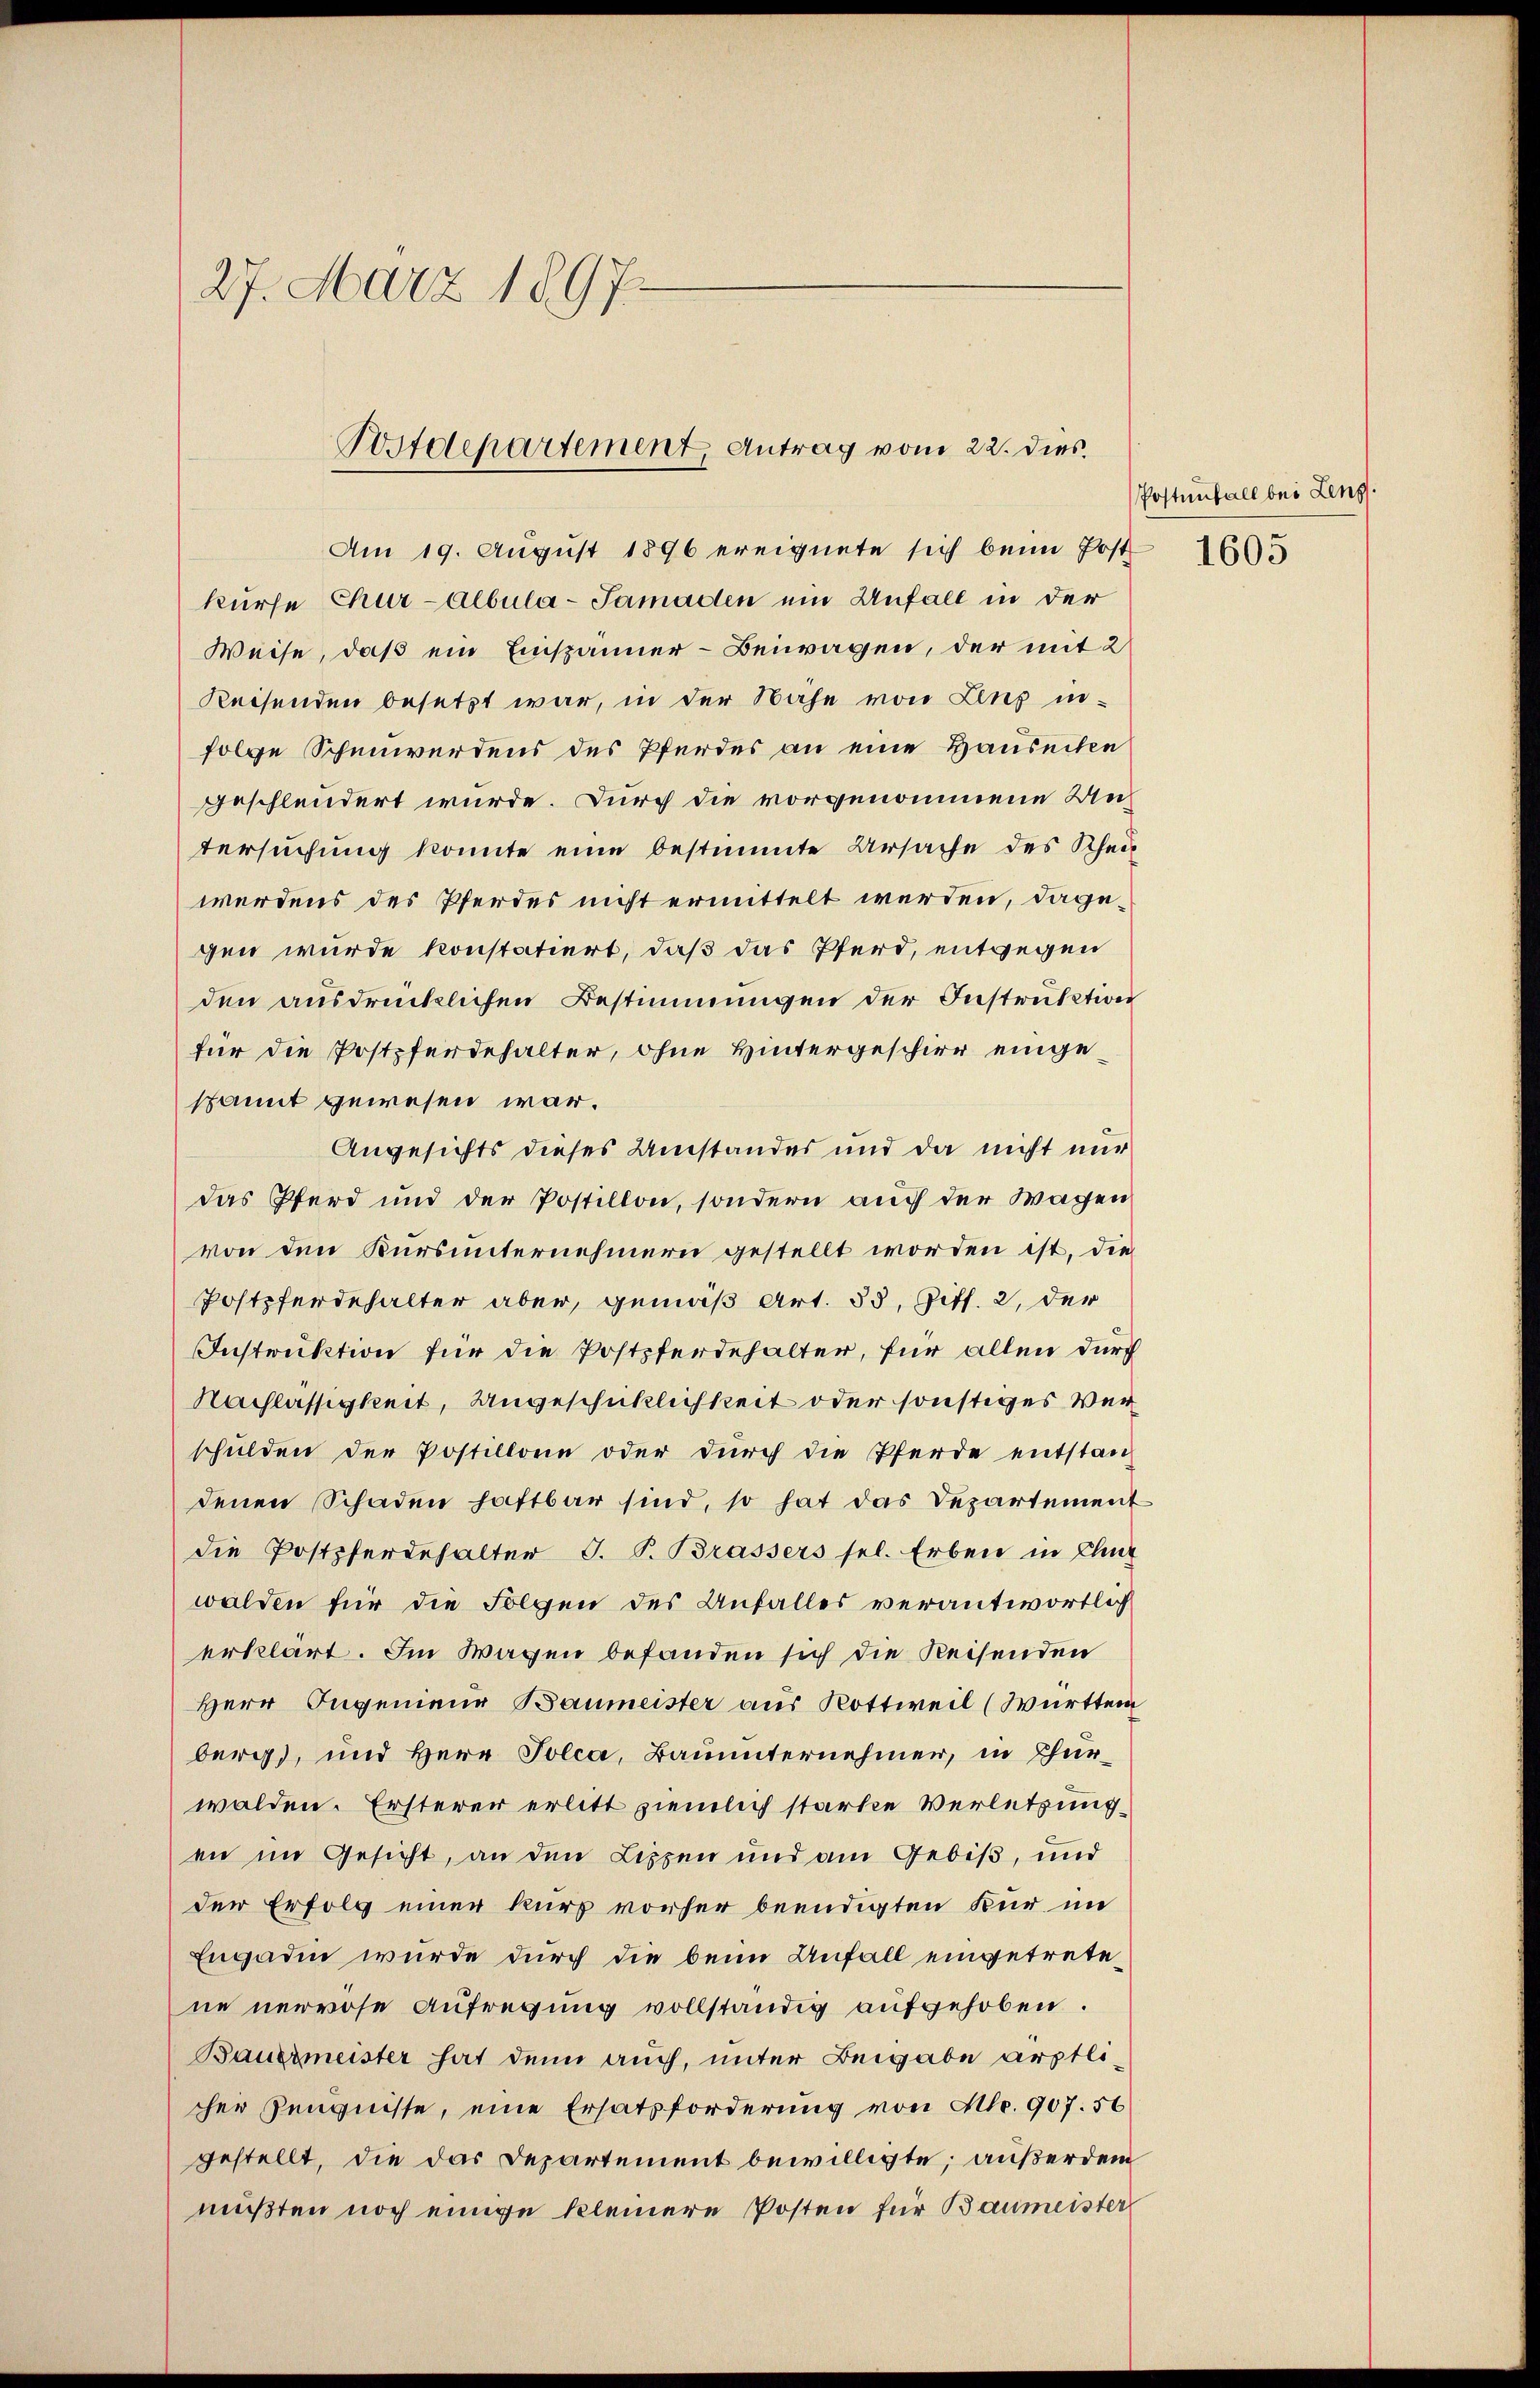
27. März 1897.
Postdepartement, Antrag vom 22. dies

Am 19. August 1896 ereignete sich beim Post
kurse Chur-Albula-Samaden ein Unfall in der
Weise, daß ein Einspänner-Beiwagen, der mit 2
Reisenden besetzt war, in der Nähe von Zins in-
folge Schenwerdens des Pferdes an eine Hauseiten
geschlendert wurde. Durch die vorgenommene Untersuchung konnte eine bestimmte Ursache des Rhei
werdens des Pferdes nicht ermittelt werden, dagegen wurde konstatiert, daß das Pferd, entgegen
den ausdrücklichen Bestimmungen der Instruktion
für die Postpferdehalter, ohne Hintergeschier eingespannt gewesen war.
Angesichts dieses Umstandes und da nicht nur
das Pferd und der Postillon, sondern auch der Wagen
von den Kursunternehmern gestellt worden ist, die
Postpferdehalter aber, gemäß Art. 35, Ziff. 2, der
Instruktion für die Postpferdehalter, für allen durch
Nachlässigkeit, Ungeschicklichkeit oder sonstiges Verschulden der Postillone oder durch die Pferde entstanz
denen Schaden haftbar sind, so hat das Departement
die Postpferdehalter J. P. Brassers sel. Erben in Chinz
walden für die Folgen des Anfalles verantwortlich
erklärt. Im Wagen befanden sich die Reisenden
Herr Ingenieur Baumeister aus Rottweil (Württem
berg), und Herr Polca, Bauunternehmen, in Thurwalden. Ersterer erlitt ziemlich starke Verletzung
en im Gesicht, an den Lippen und am Gebiß, und
der Erfolg einer kurz vorher beendigten Kur im
Engaden wurde durch die beim Anfall eingetrete
ne nervöse Aufregung vollständig aufgehoben.
Bauermeister hat denn auch, unter Beigabe ärztlicher Zeugnisse, eine Ersatzforderung von Mr. 907. 56
gestellt, die das Departement bewilligte; außerdem
mußten noch einige kleinere Posten für Baumeister

Postenfall bei Leng

1605